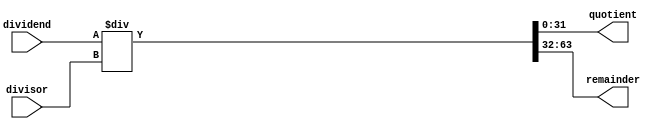
module binary_divider(
  input signed [31:0] dividend,
  input signed [31:0] divisor,
  output signed [31:0] quotient,
  output signed [31:0] remainder
);

  wire signed [31:0] remainder_temp;
  wire signed [31:0] quotient_temp;

  assign {remainder_temp, quotient_temp} = dividend / divisor;

  assign remainder = remainder_temp;
  assign quotient = quotient_temp;

endmodule